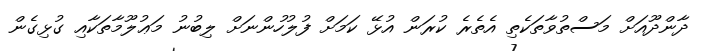
ދާންދޫއަށް މަސްތުވާތަކެތި އެތެރެ ކުރަން އުޅޭ ކަމަށް ފުލުހުންނަށް ލިބުނު މަޢުލޫމާތަކާއި ގުޅިގެން